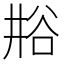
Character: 𫎁